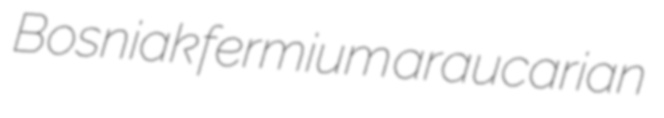
Bosniak fermium araucarian